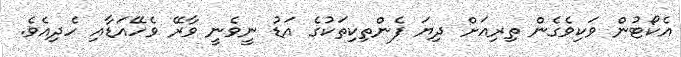
އެކޯޓުން ވަކިވެގެން ތިރިއަށް ދިޔަ ފެންތިކިތަކުގެ އަޑު ނީވެނީ ވާރޭ ވެހޭއަޑާއި ހެދިއެވެ.